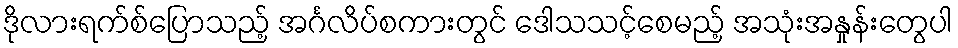
ဒိုလားရက်စ်ပြောသည့် အင်္ဂလိပ်စကားတွင် ဒေါသသင့်စေမည့် အသုံးအနှုန်းတွေပါ